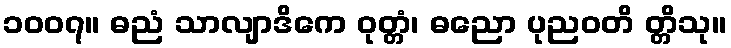
၁၀၀၇။ ဓညံ သာလျာဒိကေ ဝုတ္တံ၊ ဓညော ပုညဝတိ တ္တိသု။